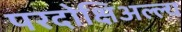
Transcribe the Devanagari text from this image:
परदोक्षिअल्ल्य